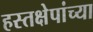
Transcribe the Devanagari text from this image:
हस्तक्षेपांच्या